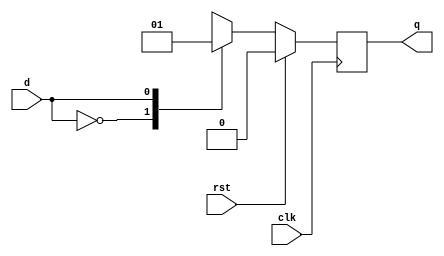
`timescale 1ns / 1ps
//////////////////////////////////////////////////////////////////////////////////
// Company: 
// Engineer: 
// 
// Design Name: 
// Module Name:    Dflipflop 
// Project Name: 
// Target Devices: 
// Tool versions: 
// Description: 
//
// Dependencies: 
//
// Revision: 
// Revision 0.01 - File Created
// Additional Comments: 
//
//////////////////////////////////////////////////////////////////////////////////
module Dflipflop(clk,rst,d,q
    );
input rst,clk,d;
output q;
reg q;
always@(posedge clk)
begin
if(rst==1)
q=0;
else
case(d)
1'b0:q=1'b0;
1'b1:q=1'b1;
endcase
end
endmodule